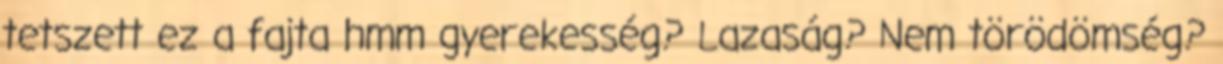
tetszett ez a fajta hmm gyerekesség? Lazaság? Nem törödömség?